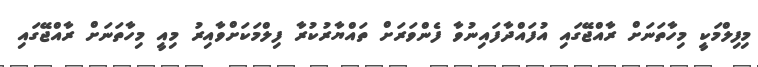
މިފިލްމަކީ މިހާތަނަށް ރާއްޖޭގައި އުފައްދާފައިނުވާ ފެންވަރަށް ތައްޔާރުކުރާ ފިލްމަކަށްވާއިރު މިއީ މިހާތަނަށް ރާއްޖޭގައި